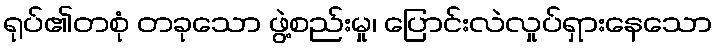
ရုပ်၏တစုံ တခုသော ဖွဲ့စည်းမှု၊ ပြောင်းလဲလှုပ်ရှားနေသော